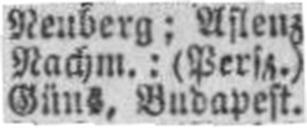
Güns, Budapest.